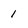
Character: 1